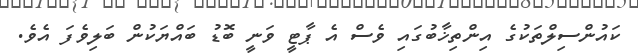
ކައުންސިލްތަކުގެ އިންތިޚާބުގައި ވެސް އެ ޕާޓީ ވަނީ ބޮޑު ބައްޔަކުން ބަލިވެފަ އެވެ.